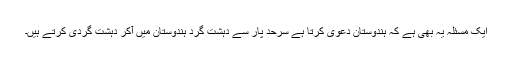
ایک مسئلہ یہ بھی ہے کہ ہندوستان دعوی کرتا ہے سرحد پار سے دہشت گرد ہندوستان میں آکر دہشت گردی کرتے ہیں۔